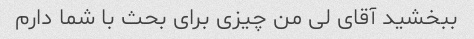
ببخشید آقای لی من چیزی برای بحث با شما دارم